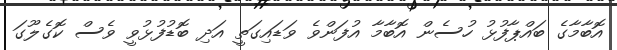
އޮބާާމާގެ ބައްޕާފުޅު ހުސެން އޮބާމާ އުފަންވެ ވަޑައިގަތީ އަދި ބޮޑުފުޅުވީ ވެސް ކޮގެލޫގަ